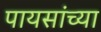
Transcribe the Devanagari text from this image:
पायसांच्या